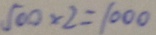
5 0 0 \times 2 = 1 0 0 0